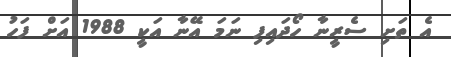
އެ ތަށި ސެރީނާ ހޯދައިފި ނަމަ އޭނާ އަކީ 1988 އަށް ފަހު